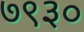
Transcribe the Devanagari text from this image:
७९३०